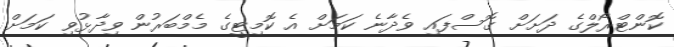
ކޮންޓްރޯލްގެ ދަށަށް ގޮސްފައި ވެދާނެ ކަމަށް އެ ކޮމިޓީގެ މެމްބަރުން ވިދާޅުވި ކަމަށް